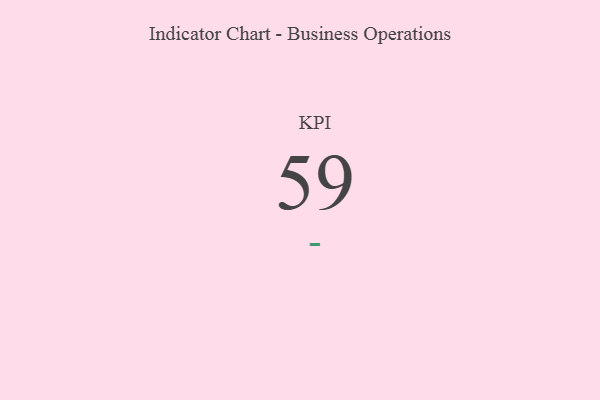
{"axis": {"x": "KPI", "y": "Value"}, "legend": [""], "data": [{"x": "KPI", "y": 59, "type": ""}]}